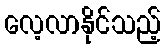
လေ့လာနိုင်သည့်